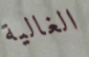
الغالية